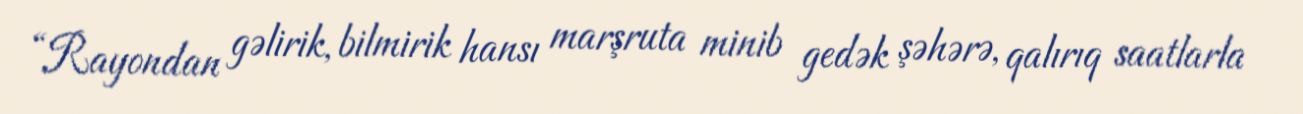
“Rayondan gəlirik, bilmirik hansı marşruta minib gedək şəhərə, qalırıq saatlarla